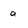
Character: a